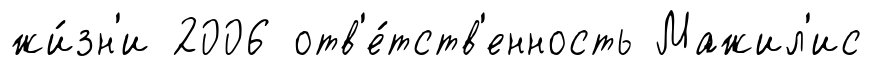
жи́зн'и 2006 отв'е́тств'енность Мажил'ис